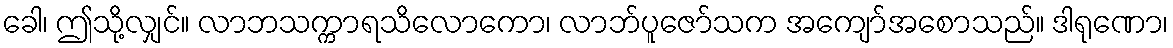
ခေါ၊ ဤသို့လျှင်။ လာဘသက္ကာရသိလောကော၊ လာဘ်ပူဇော်သက အကျော်အစောသည်။ ဒါရုဏော၊